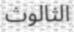
الثالوث